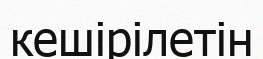
кешірілетін